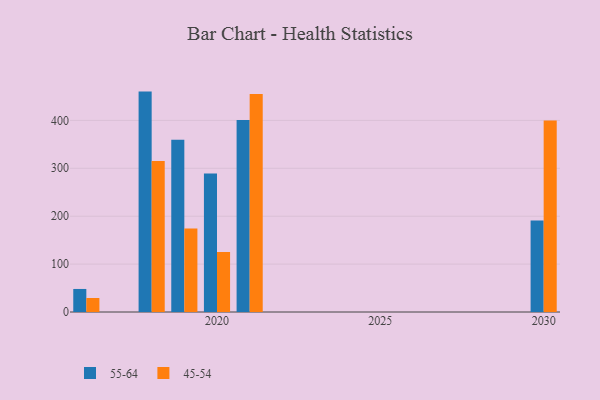
{"axis": {"x": "Year", "y": "Inventory Turnover"}, "legend": ["45-54", "55-64"], "data": [{"x": "2021", "y": 400.7, "type": "55-64"}, {"x": "2021", "y": 455.0, "type": "45-54"}, {"x": "2030", "y": 191.0, "type": "55-64"}, {"x": "2030", "y": 399.9, "type": "45-54"}, {"x": "2019", "y": 359.8, "type": "55-64"}, {"x": "2019", "y": 174.5, "type": "45-54"}, {"x": "2018", "y": 460.1, "type": "55-64"}, {"x": "2018", "y": 315.2, "type": "45-54"}, {"x": "2016", "y": 48.1, "type": "55-64"}, {"x": "2016", "y": 29.2, "type": "45-54"}, {"x": "2020", "y": 289.2, "type": "55-64"}, {"x": "2020", "y": 125.3, "type": "45-54"}]}